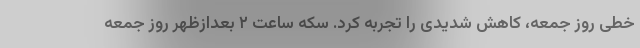
خطی روز جمعه، کاهش شدیدی را تجربه کرد. سکه ساعت ۲ بعدازظهر روز جمعه